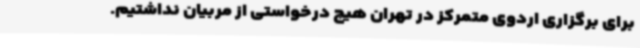
برای برگزاری اردوی متمرکز در تهران هیچ درخواستی از مربیان نداشتیم.